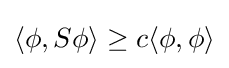
\langle \phi ,S\phi \rangle \geq c\langle \phi ,\phi \rangle